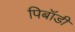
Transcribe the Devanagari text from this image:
पिबॉडी